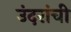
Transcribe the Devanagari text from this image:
उंदरांची